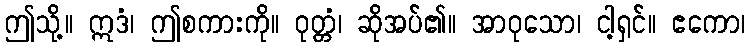
ဤသို့။ ဣဒံ၊ ဤစကားကို။ ဝုတ္တံ၊ ဆိုအပ်၏။ အာဝုသော၊ ငါ့ရှင်။ ဧကော၊